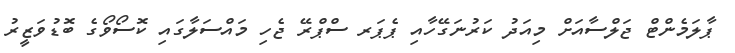
ޕާލަމެންޓް ޖަލްސާއަށް މިއަދު ކަރުނަގޭހާއި ޕެޕަރ ސްޕްރޭ ޖެހި މައްސަލާގައި ކޮސޯވޯގެ ބޮޑުވަޒީރު